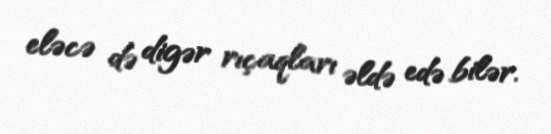
eləcə də digər rıçaqları əldə edə bilər.